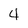
Character: 4